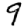
Digit: 9